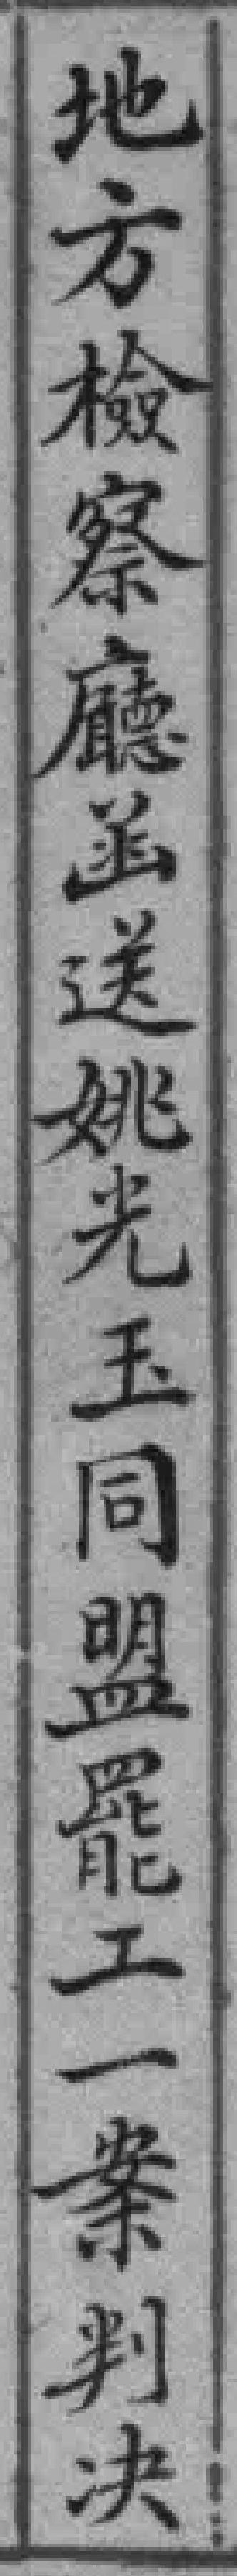
地方检察廳函送姚光玉同盟罷工一案判决